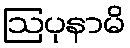
ဩပုနာမိ